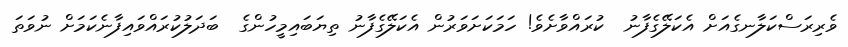
ވެރިރަސްކަލާނގެއަށް އެކަލޭގެފާނު  ކުރައްވާށެވެ! ހަމަކަށަވަރުން އެކަލޭގެފާނު ތިޔަބައިމީހުންގެ  ބަދަލުކުރައްވައިފާނެކަމަށް ނުވަތަ